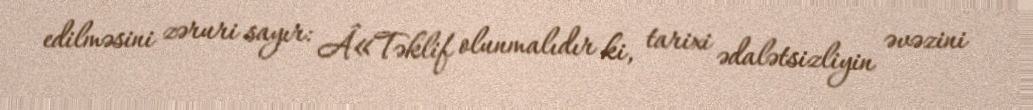
edilməsini zəruri sayır: Â«Təklif olunmalıdır ki, tarixi ədalətsizliyin əvəzini